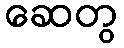
ဆေတွ